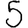
Digit: 5